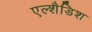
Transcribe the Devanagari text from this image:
एल्शैडिश